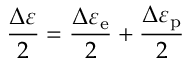
{ \frac { \Delta \varepsilon } { 2 } } = { \frac { \Delta \varepsilon _ { \mathrm { e } } } { 2 } } + { \frac { \Delta \varepsilon _ { \mathrm { p } } } { 2 } }